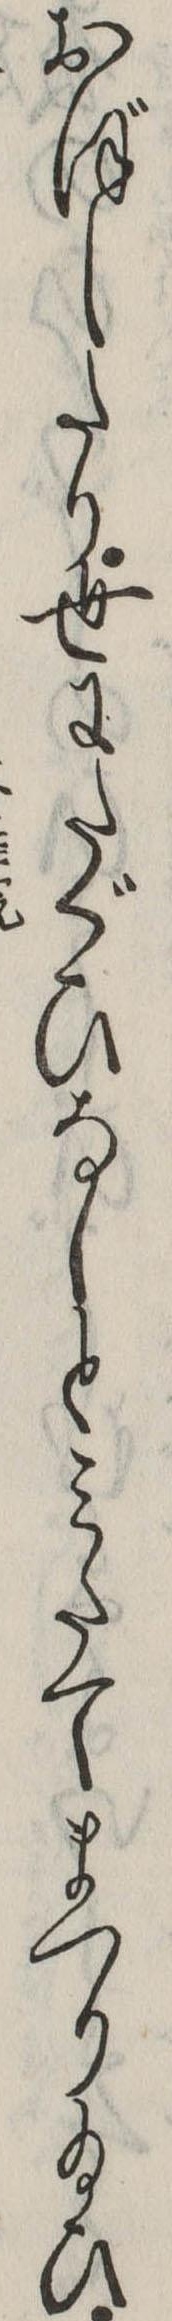
おぼしたり世にたぐひなしとみたてまつり給ひ